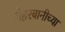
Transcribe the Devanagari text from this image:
मेहरबानीच्या